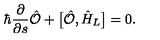
\hbar \frac { \partial } { \partial s } \hat { \cal O } + \bigl [ \hat { \cal O } , \hat { H } _ { L } \bigr ] = 0 .